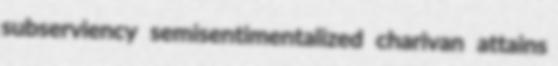
subserviency semisentimentalized charivan attains